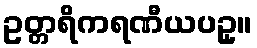
ဥတ္တရိကရဏီယပဥှ။